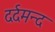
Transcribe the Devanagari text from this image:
दर्दमन्द